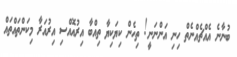
ބުނާނެ އެއްޗެއްނެތް ހިނި އަންނަނީ! ތިހެން ކިޔަކިޔާ ތިއްބާ އިރުއޮއްސި އިރުއަރާ މިކަންތައްތައް